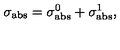
\sigma _ { \mathrm { a b s } } = \sigma _ { \mathrm { a b s } } ^ { 0 } + \sigma _ { \mathrm { a b s } } ^ { 1 } ,